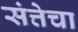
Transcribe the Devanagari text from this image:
संत्तेचा